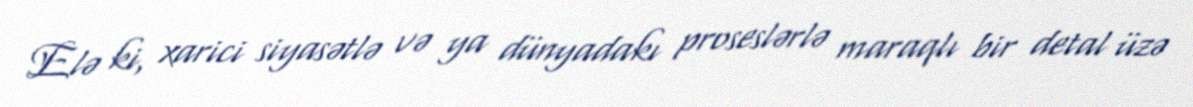
Elə ki, xarici siyasətlə və ya dünyadakı proseslərlə maraqlı bir detal üzə